Civil Veterinary Department Bihar & Orissa reports 1911-21 - 1911-1921
Year: 1911
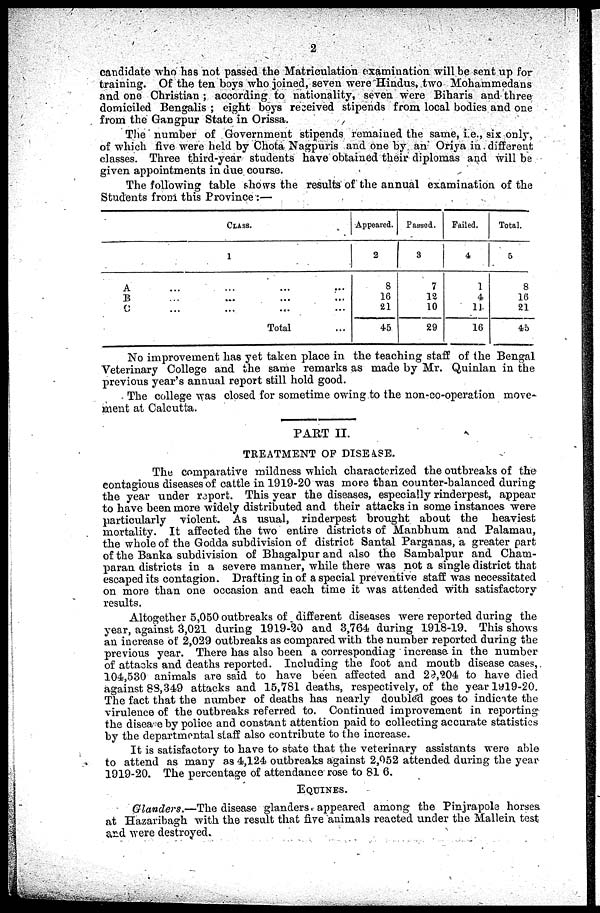
2
candidate who has not passed the Matriculation examination will be sent up for
training. Of the ten boys who joined, seven were Hindus, two Mohammedans
and one Christian; according to nationality, seven were Biharis and three
domiciled Bengalis ; eight boys received stipends from local bodies and one
from the Gangpur State in Orissa.
The number of Government stipends remained the same, i.e., six only,
of which five were held by Chota Nagpuris and one by an Oriya in different
classes. Three third-year students have obtained their diplomas and will be
given appointments in due course.
The following table shows the results of the annual examination of the
Students from this Province:—
CLASS.
1
A ... ... ... ...
B ... ... ... ...
C ... ... ... ...
Total
...
Appeared.
2
8
16
21
45
Passed.
3
7
13
10
29
Failed.
4
1
4
11
16
Total.
5
8
16
21
45
No improvement has yet taken place in the teaching staff of the Bengal
Veterinary College and the same remarks as made by Mr. Quinlan in the
previous year's annual report still hold good.
The college was closed for sometime owing to the non-co-operation move-
ment at Calcutta.
PART II.
TREATMENT OF DISEASE.
The comparative mildness which characterized the outbreaks of the
contagious diseases of cattle in 1919-20 was more than counter-balanced during
the year under report. This year the diseases, especially rinderpest, appear
to have been more widely distributed and their attacks in some instances were
particularly violent. As usual, rinderpest brought about the heaviest
mortality. It affected the two entire districts of Manbhum and Palamau,
the whole of the Godda subdivision of district Santal Parganas, a greater part
of the Banka subdivision of Bhagalpur and also the Sambalpur and Cham-
paran districts in a severe manner, while there was not a single district that
escaped its contagion. Drafting in of a special preventive staff was necessitated
on more than one occasion and each time it was attended with satisfactory
results.
Altogether 5,050 outbreaks of different diseases were reported during the
year, against 3,021 during 1919-20 and 3,764 during 1918-19. This shows
an increase of 2,029 outbreaks as compared with the number reported during the
previous year. There has also been a corresponding increase in the number
of attacks and deaths reported. Including the foot and mouth disease cases,
104,530 animals are said to have been affected and 29,304 to have died
against 83,349 attacks and 15,781 deaths, respectively, of the year l9l9-20.
The fact that the number of deaths has nearly doubled goes to indicate the
virulence of the outbreaks referred to. Continued improvement in reporting
the disease by police and constant attention paid to collecting accurate statistics
by the departmental staff also contribute to the increase.
It is satisfactory to have to state that the veterinary assistants were able
to attend as many as 4,124 outbreaks against 2,052 attended during the year
1919-20. The percentage of attendance rose to 81 6.
EQUINES.
Glanders.—The disease glanders appeared among the Pinjrapole horses
at Hazaribagh with the result that five animals reacted under the Mallein test
and were destroyed.